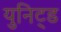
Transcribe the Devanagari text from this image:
युनिट्ड